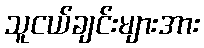
သူငယ်ချင်းများအား